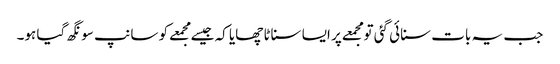
جب یہ بات سنائی گئی تو مجمعے پر ایسا سناٹا چھایا کہ جیسےمجمعے کو سانپ سونگھ گیا ہو۔